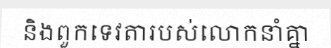
និងពួកទេវតារបស់លោកនាំគ្នា